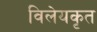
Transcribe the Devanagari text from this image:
विलेयकृत